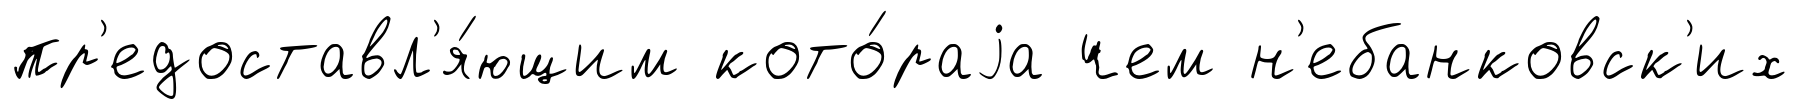
пр'едоставл'я́ющим кото́раjа чем н'ебанковск'их